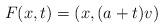
LaTeX: \begin{align*}F(x,t) = (x, (a+t)v )\end{align*}